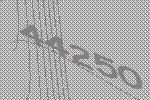
44250